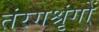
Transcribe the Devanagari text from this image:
तंरगश्रृंगों